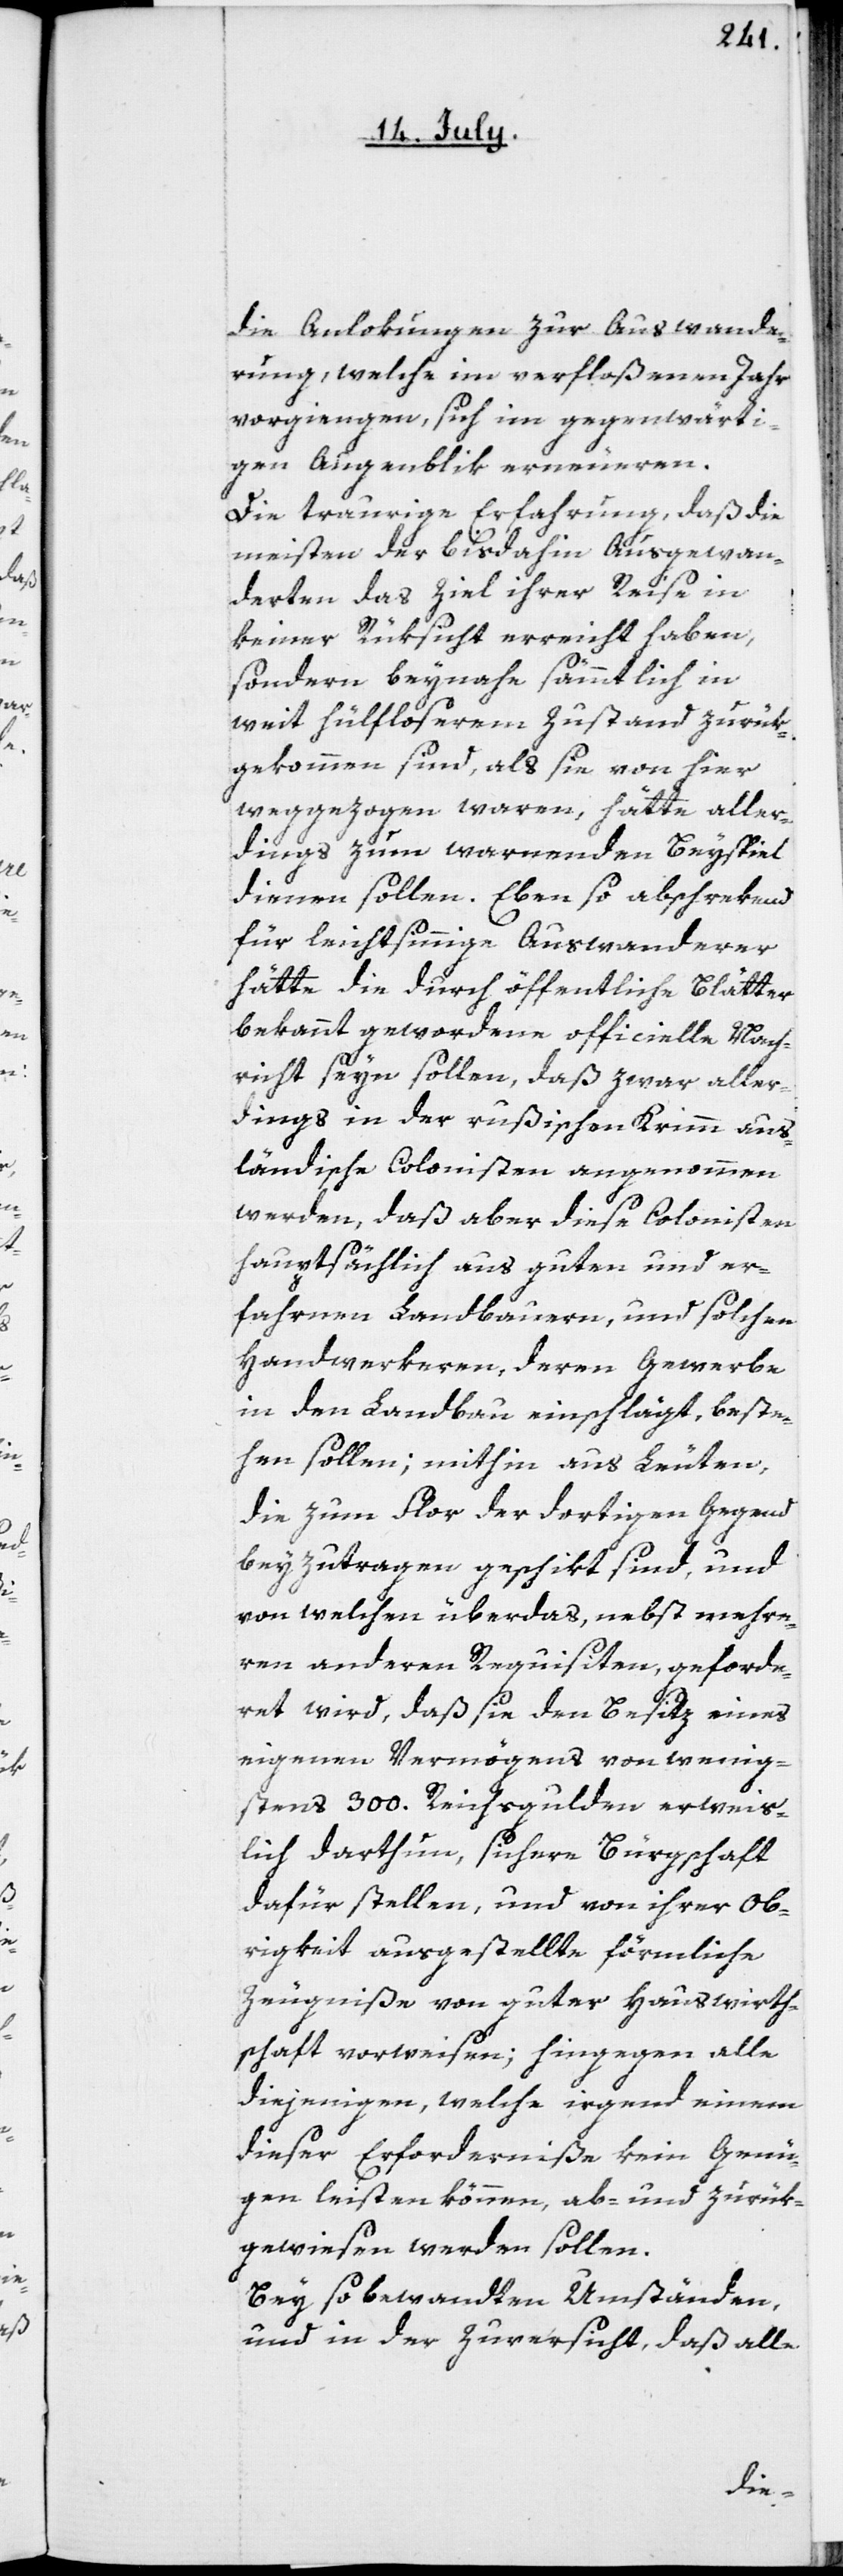
die Anlokungen zur Auswande¬
rung, welche im verfloßenen Jahr
vorgingen, sich im gegenwärti¬
gen Augenblik erneueren.
Die traurige Erfahrung, daß die
meisten der bisdahin Ausgewan¬
derten das Ziel ihrer Reise in
keiner Rüksicht erreicht haben,
sondern beynahe sämmtlich in
weit hülfloserem Zustand zurük¬
gekommen sind, als sie von hier
weggezogen waren, hätte aller¬
dings zum warnenden Beyspiel
dienen sollen. Eben so abschrekend
für leichtsinnige Auswanderer
hätte die durch öffentliche Blätter
bekannt gewordene officielle Nach¬
richt seyn sollen, daß zwar aller¬
dings in der rußischen Krimm aus¬
ländische Colonisten angenommen
werden, daß aber diese Colonisten
hauptsächlich aus guten und er¬
fahrnen Landbauern, und solchen
Handwerkeren, deren Gewerbe
in den Landbau einschlägt, beste¬
hen sollen; mithin aus Leuten,
die zum Flor der dortigen Gegend
beyzutragen geschikt sind, und
von welchen über das, nebst mehre¬
ren anderen Requisiten, geforde¬
ret wird, daß sie den Besitz eines
eigenen Vermögens von wenig¬
stens 300. Reichsgulden erweis¬
lich darthun, sichere Bürgschaft
dafür stellen, und von ihrer Ob¬
rigkeit ausgestellte förmliche
Zeugniße von guter Hauswirth¬
schaft vorweisen; hingegen alle
diejenigen, welche irgend einem
dieser Erforderniße kein Genü¬
gen leisten können, ab- und zurük¬
gewiesen werden sollen.
Bei so bewandten Umständen,
und in der Zuversicht, daß alle